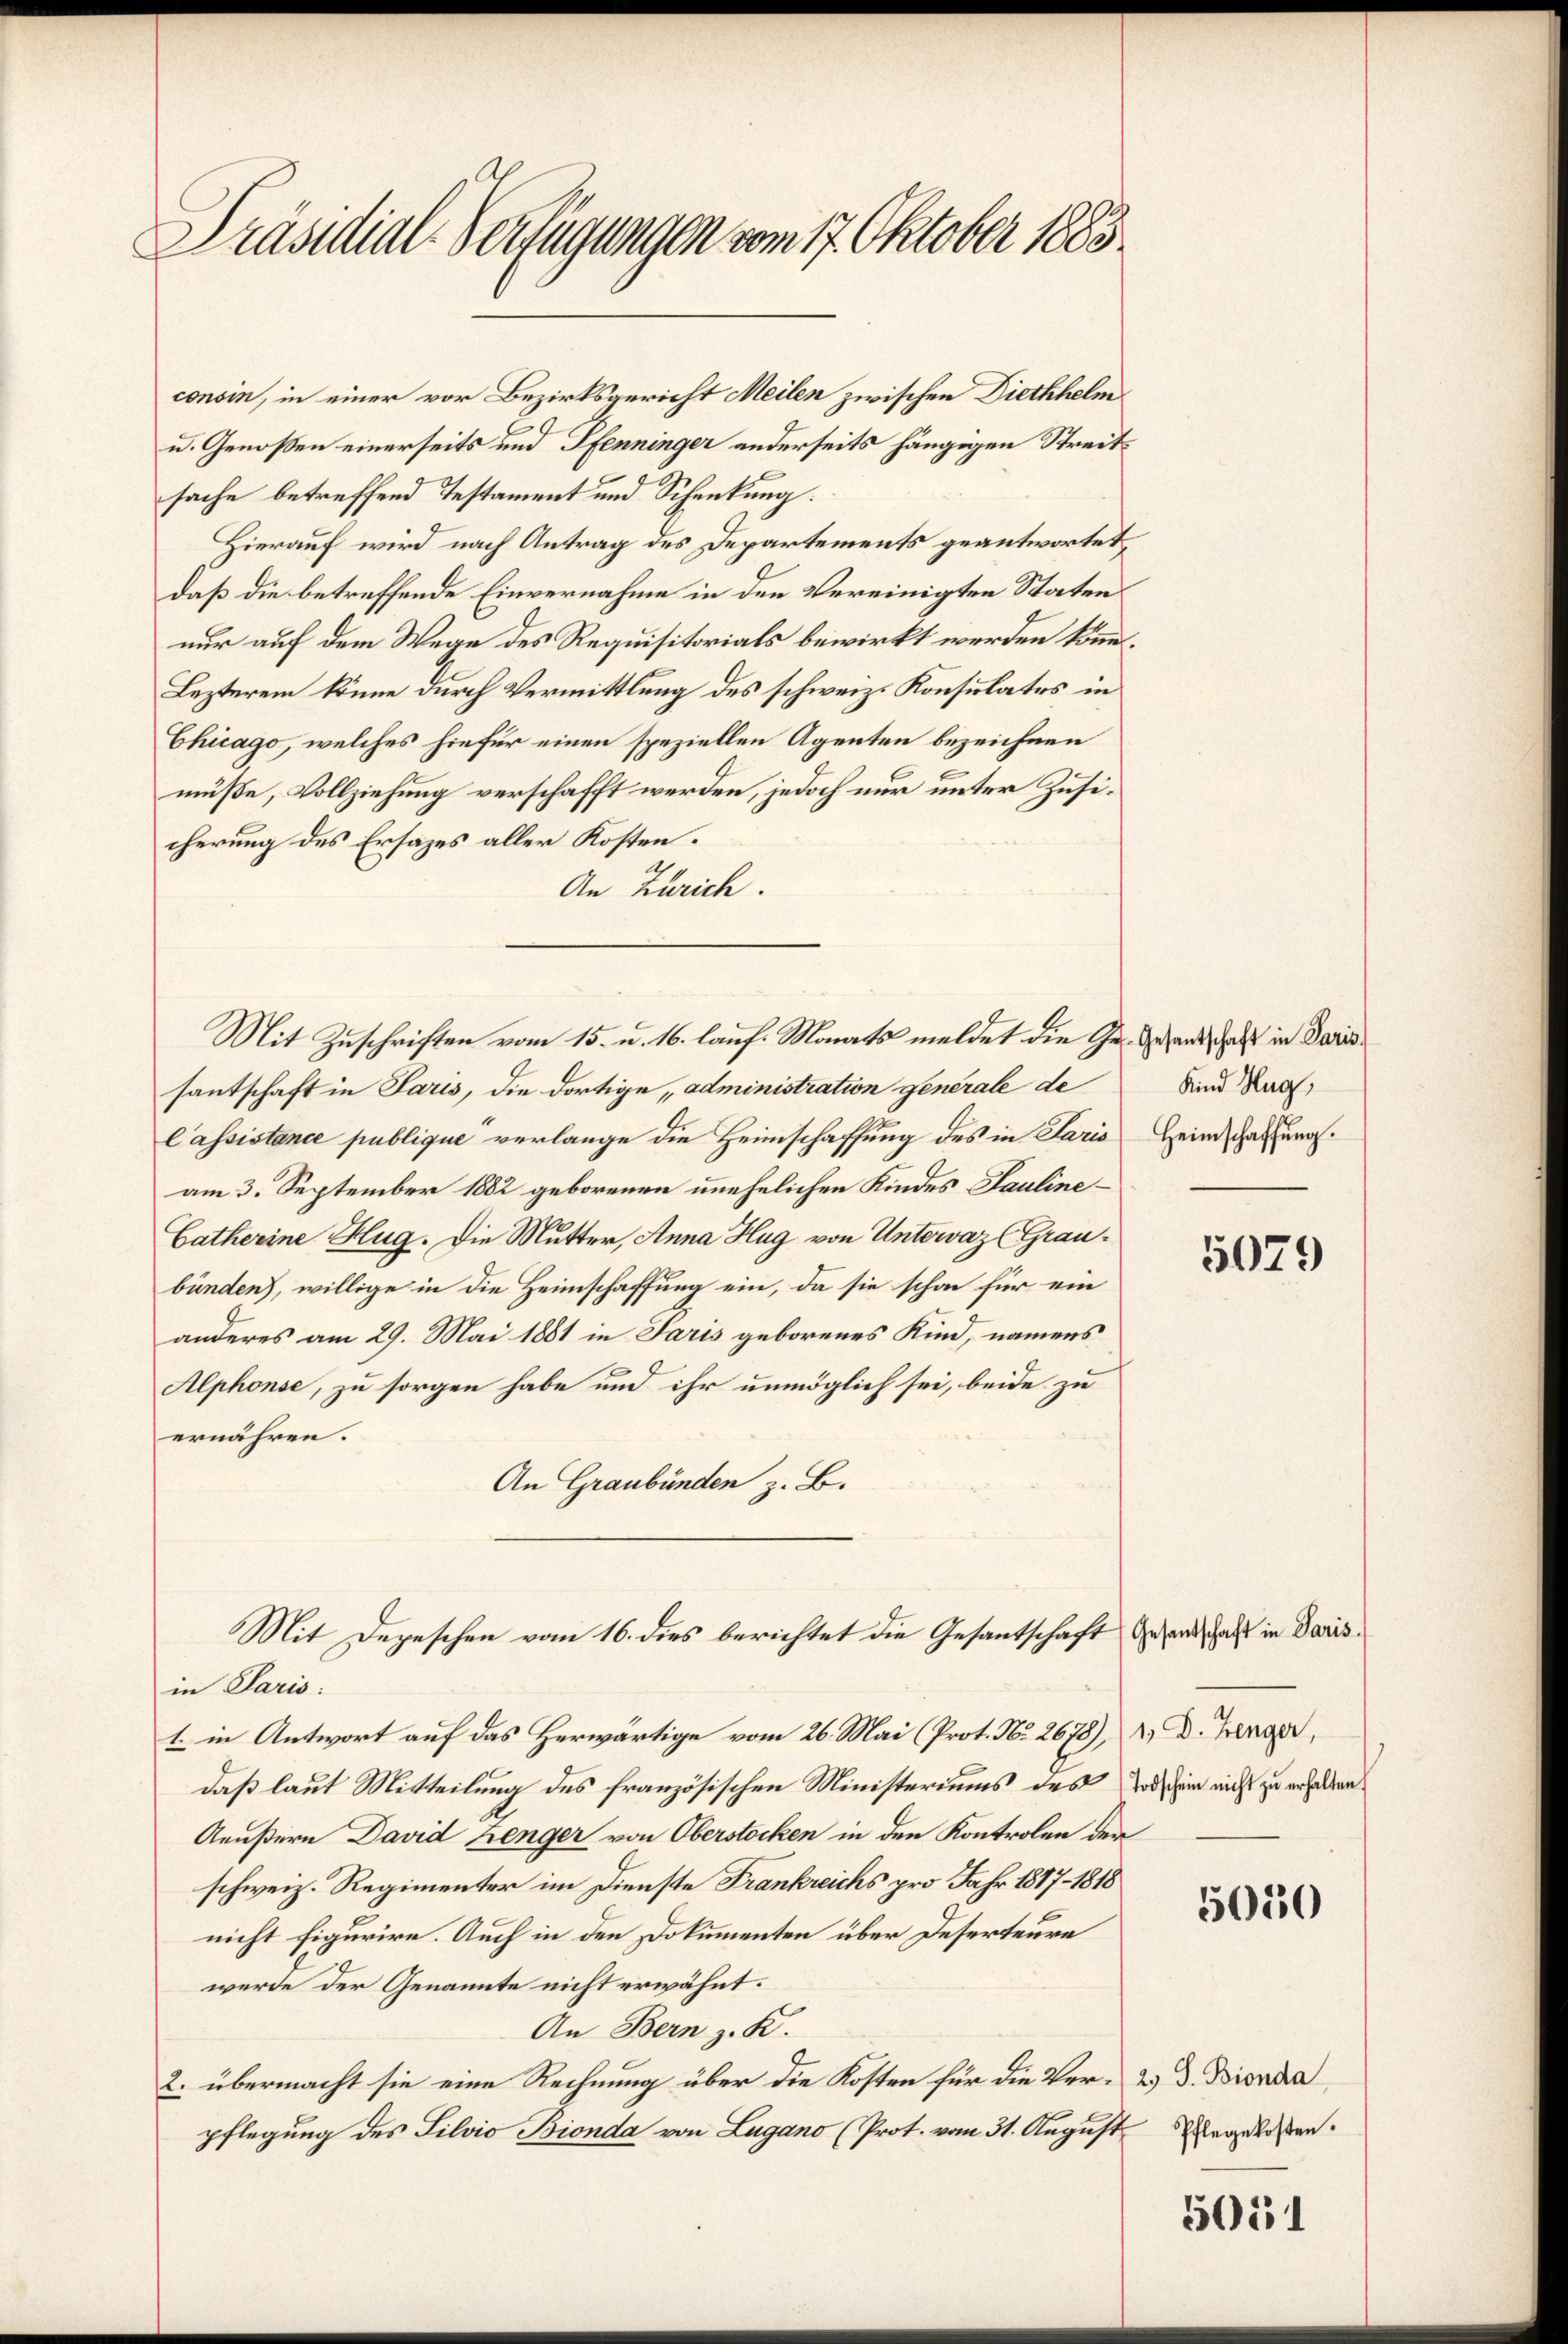
Präsidial-Verfügungen vom 17. Oktober 1883.

consin, in einer vor Bezirksgericht Meilen zwischen Diethhelm
u. Genoßen einerseits und Pfenninger anderseits hängigen Streitsache betreffend Testament und Schenkung.
Hierauf wird nach Antrag des Departements geantwortet,
daß die betreffende Einvernahme in den Vereinigten Staten
nur auf dem Wege des Requisitorials bewirkt werden könn.
Lezterem könne durch Vermittlung des schweiz. Konsulates in
Chicago, welches hiefür einen speziellen Agenten bezeichnen
müße, Vollziehung verschafft werden, jedoch nur unter Zusicherung des Ersazes aller Kosten.
An Zürich.
santschaft in Paris, die dortige, administration generale de
Cassistance publique verlange die Heimschaffung des in Paris Heimschaftung.
am 3. September 1882 geborenen unehelichen Kindes Pauline¬
Catherine Hug. Die Mutter, Anna Hug von Untervaz (Graubünden), willige in die Heimschaffung ein, da sie schon für ein
anderes am 29. Mai 1881 in Paris geborenes Kind, namens
Alphonse, zu sorgen habe und ihr unmöglich sei, beide zu
ernähren.
An Graubünden z. B.
Mit Depeschen vom 16. dies berichtet die Gesantschaft Gesand, daß in Paris
in Paris:
1. in Antwort auf das Herwärtige vom 26. Mai (Prot. No. 2678), 1, D. Benger,
daß laut Mitteilung des französischen Ministeriums des Tode sein nicht zu erhalten
Aeußern David Benger von Oberstocken in den Kontrolen der
schweiz. Regimenter im Dienste Frankreichs pro Jahr 1817 - 1818
nicht figurire. Auch in den Dokumenten über Deserteure
werde der Genannte nicht erwähnt.
An Bern z. K.
2. übermacht sie eine Rechnung über die Kosten für die Verpflegung des Silvio Bionda von Lugano (Prot. vom 31. August

Mit Zuschriften vom 15. u. 16. lauf. Monats meldet die Ge- Gesandt hast in Paris

Kind Hug,

5079

5010

2) S. Bionda
Pflegekosten.

5051